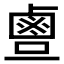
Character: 𪉙